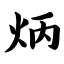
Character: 炳